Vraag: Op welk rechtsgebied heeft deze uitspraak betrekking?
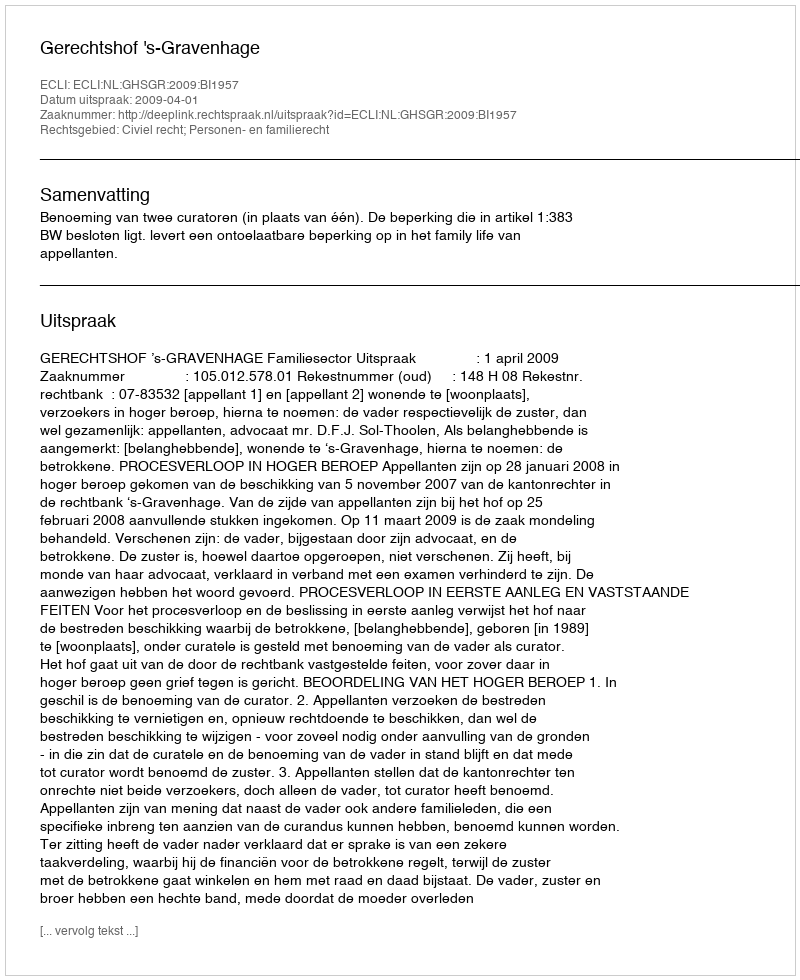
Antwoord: Civiel recht; Personen- en familierecht